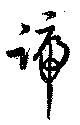
号